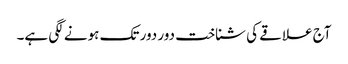
آج علاقے کی شناخت دور دور تک ہونے لگی ہے۔